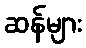
ဆန်များ